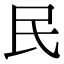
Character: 民